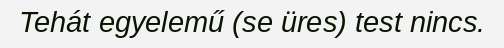
Tehát egyelemű (se üres) test nincs.